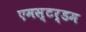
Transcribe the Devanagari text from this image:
एमस्टर्डम